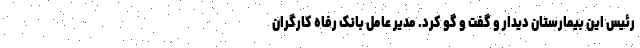
رئیس این بیمارستان دیدار و گفت و گو کرد. مدیر عامل بانک رفاه کارگران